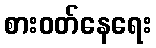
စားဝတ်နေရေး